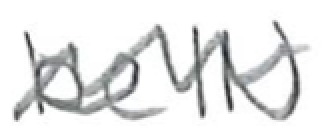
Text: beIN
Cross-out: wave
Writing tool: pencil